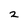
Character: 2